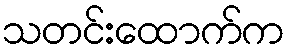
သတင်းထောက်က